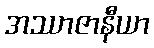
အဿာဇာနီယာ